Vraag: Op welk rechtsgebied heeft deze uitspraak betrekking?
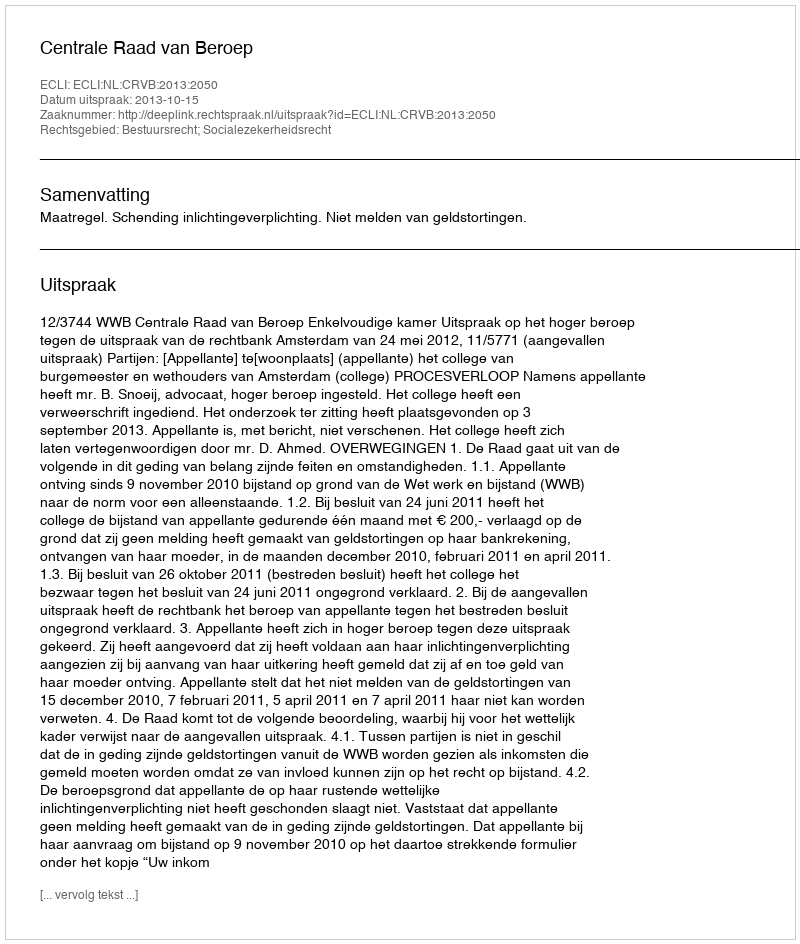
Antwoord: Bestuursrecht; Socialezekerheidsrecht